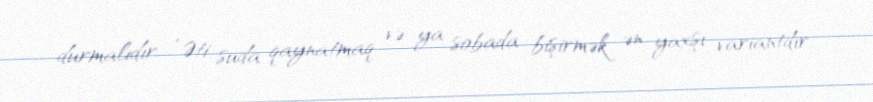
durmalıdır: “Əti suda qaynatmaq və ya sobada bişirmək ən yaxşı variantdır.